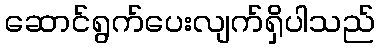
ဆောင်ရွက်ပေးလျက်ရှိပါသည်